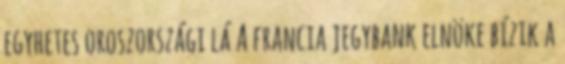
egyhetes oroszországi lá A francia jegybank elnöke bízik a